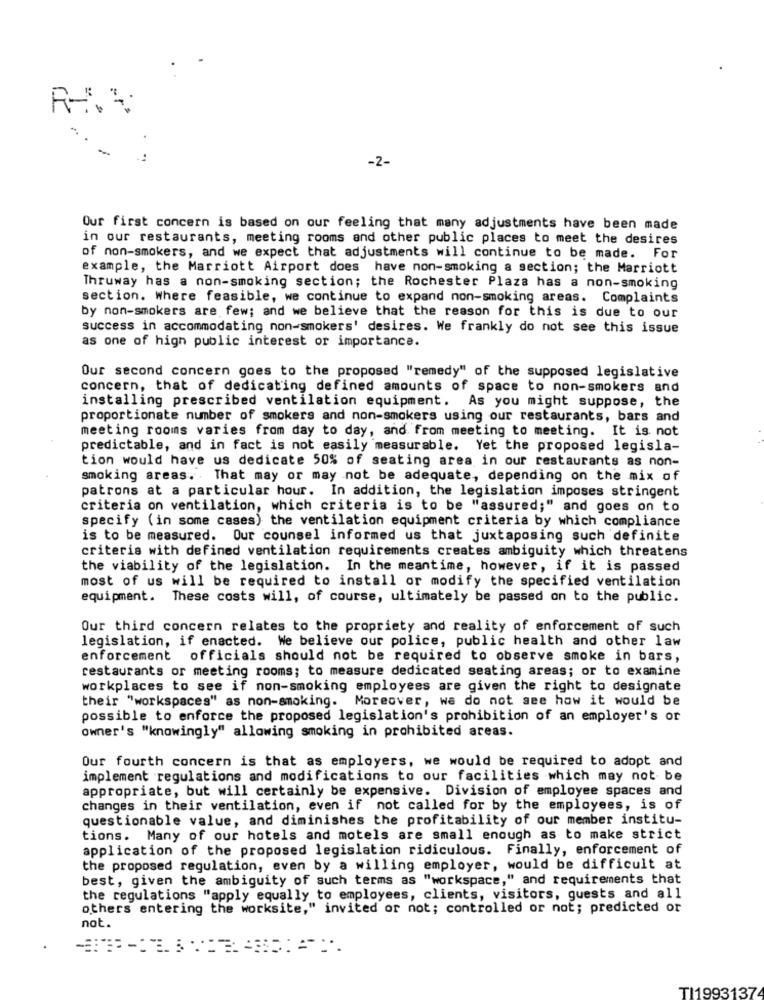
-2-
Our first concern is based on our feeling that many adjustments have been made
in our restaurants, meeting rooms and other public places to meet the desires
of non-smokers, and we expect that adjustments will continue to be made. For
example, the Marriott Airport does have non-smoking a section; the Marriott
Thruway has a non-smoking section; the Rochester Plaza has a non-smoking
section. Where feasible, we continue to expand non-smoking areas. Complaints
by non-smokers are few; and we believe that the reason for this is due to our
success in accommodating non-smokers' desires. We frankly do not see this issue
as one of high public interest or importance.
Our second concern goes to the proposed "remedy" of the supposed legislative
concern, that of dedicating defined amounts of space to non-smokers and
installing prescribed ventilation equipment. As you might suppose, the
proportionate number of smokers and non-smokers using our restaurants, bars and
meeting rooms varies from day to day, and from meeting to meeting. It is not
predictable, and in fact is not easily measurable. Yet the proposed legisla-
tion would have us dedicate 50% of seating area in our restaurants as non-
smoking areas. That may or may not be adequate, depending on the mix of
patrons at a particular hour. In addition, the legislation imposes stringent
criteria on ventilation, which criteria is to be "assured;" and goes on to
specify (in some cases) the ventilation equipment criteria by which compliance
is to be measured. Our counsel informed us that juxtaposing such definite
criteria with defined ventilation requirements creates ambiguity which threatens
the viability of the legislation. In the meantime, however, if it is passed
most of us will be required to install or modify the specified ventilation
equipment. These costs will, of course, ultimately be passed on to the public.
Our third concern relates to the propriety and reality of enforcement of such
legislation, if enacted. We believe our police, public health and other law
enforcement officials should not be required to observe smoke in bars,
restaurants or meeting rooms; to measure dedicated seating areas; or to examine
workplaces to see if non-smoking employees are given the right to designate
their "workspaces" as non-smoking. Moreover, wa do not see how it would be
possible to enforce the proposed legislation's prohibition of an employer's or
owner's "knowingly" allowing smoking in prohibited areas.
Our fourth concern is that as employers, we would be required to adopt and
implement regulations and modifications to our facilities which may not be
appropriate, but will certainly be expensive. Division of employee spaces and
changes in their ventilation, even if not called for by the employees, is of
questionable value, and diminishes the profitability of our member institu-
tions. Many of our hotels and motels are small enough as to make strict
application of the proposed legislation ridiculous. Finally, enforcement of
the proposed regulation, even by a willing employer, would be difficult at
best, given the ambiguity of such terms as "workspace," and requirements that
the regulations "apply equally to employees, clients, visitors, guests and all
others entering the worksite," invited or not; controlled or not; predicted or
not.
TI1993137